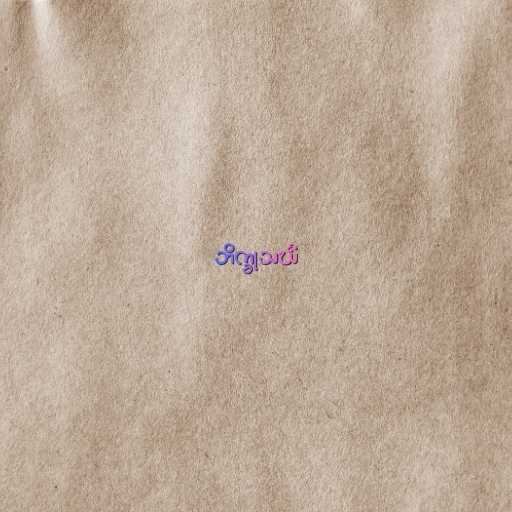
ဘိက္ခုသင်္ဃံ